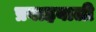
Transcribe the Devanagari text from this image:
प्रवाहवाली